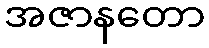
အဇာနတော